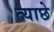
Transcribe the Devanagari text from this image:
त्याछे